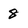
Character: 8